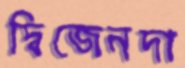
দ্বিজেনদা